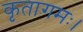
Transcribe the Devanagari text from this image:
कृतागमः।